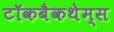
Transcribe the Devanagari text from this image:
टॉकबैकथेम्स